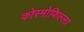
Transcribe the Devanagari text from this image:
कोस्मोफिल्ला